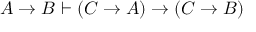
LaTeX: A \to B \vdash ( C \to A ) \to ( C \to B )